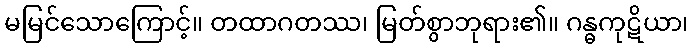
မမြင်သောကြောင့်။ တထာဂတဿ၊ မြတ်စွာဘုရား၏။ ဂန္ဓကုဋိယာ၊